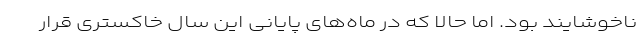
ناخوشایند بود. اما حالا که در ماه‌های پایانی این سال خاکستری قرار